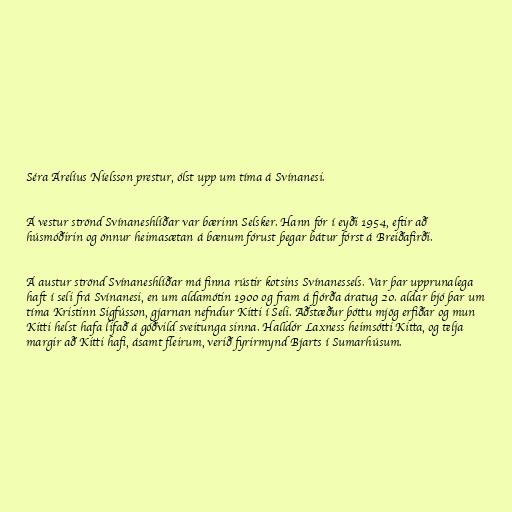
Séra Árelíus Níelsson prestur, ólst upp um tíma á Svínanesi.

Á vestur strönd Svínaneshlíðar var bærinn Selsker. Hann fór í eyði 1954, eftir að
húsmóðirin og önnur heimasætan á bænum fórust þegar bátur fórst á Breiðafirði.

Á austur strönd Svínaneshlíðar má finna rústir kotsins Svínanessels. Var þar upprunalega
haft í seli frá Svínanesi, en um aldamótin 1900 og fram á fjórða áratug 20. aldar bjó þar um
tíma Kristinn Sigfússon, gjarnan nefndur Kitti í Seli. Aðstæður þóttu mjög erfiðar og mun
Kitti helst hafa lifað á góðvild sveitunga sinna. Halldór Laxness heimsótti Kitta, og telja
margir að Kitti hafi, ásamt fleirum, verið fyrirmynd Bjarts í Sumarhúsum.